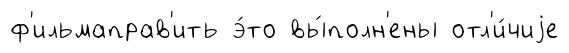
ф'ильмаправ'ить э́то вы́полн'ены отл'и́чиjе